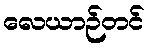
လေယာဉ်တင်